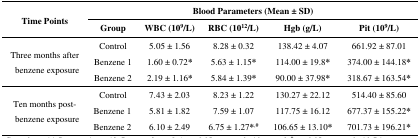
<table><thead><tr><td rowspan="2"><b>Time Points</b></td><td colspan="5"><b>Blood Parameters (Mean ± SD)</b></td></tr><tr><td><b>Group</b></td><td><b>WBC (10<sup>9</sup>/L)</b></td><td><b>RBC (10<sup>12</sup>/L)</b></td><td><b>Hgb (g/L)</b></td><td><b>Pit (10<sup>9</sup>/L)</b></td></tr></thead><tbody><tr><td rowspan="3">Three months after benzene exposure</td><td>Control</td><td>5.05 ± 1.56</td><td>8.28 ± 0.32</td><td>138.42 ± 4.07</td><td>661.92 ± 87.01</td></tr><tr><td>Benzene 1</td><td>1.60 ± 0.72<b>*</b></td><td>5.63 ± 1.15<b>*</b></td><td>114.00 ± 19.8<b>*</b></td><td>374.00 ± 144.18<b>*</b></td></tr><tr><td>Benzene 2</td><td>2.19 ± 1.16<b>*</b></td><td>5.84 ± 1.39<b>*</b></td><td>90.00 ± 37.98<b>*</b></td><td>318.67 ± 163.54<b>*</b></td></tr><tr><td rowspan="3">Ten months post-benzene exposure</td><td>Control</td><td>7.43 ± 2.03</td><td>8.23 ± 1.22</td><td>130.27 ± 22.12</td><td>514.40 ± 85.60</td></tr><tr><td>Benzene 1</td><td>5.81 ± 1.82</td><td>7.59 ± 1.07</td><td>117.75 ± 16.12</td><td>677.37 ± 155.22<b>*</b></td></tr><tr><td>Benzene 2</td><td>6.10 ± 2.49</td><td>6.75 ± 1.27<b>*</b><sup>,#</sup></td><td>106.65 ± 13.10<b>*</b></td><td>701.73 ± 196.21<b>*</b></td></tr></tbody></table>